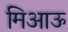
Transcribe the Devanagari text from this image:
मिआऊ